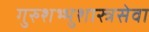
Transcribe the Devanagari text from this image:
गुरुशभ्भुशास्त्रसेवा